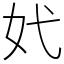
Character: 㚤